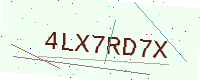
Text: 4LX7RD7X